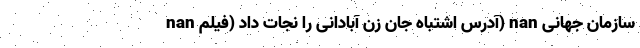
nan آدرس اشتباه جان زن آبادانی را نجات داد (فیلم) nan سازمان جهانی